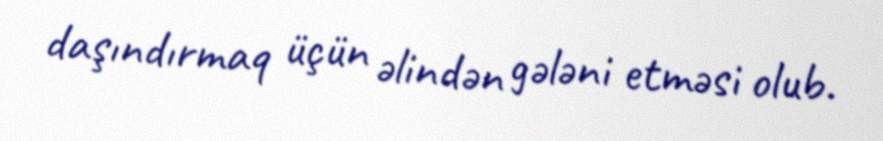
daşındırmaq üçün əlindən gələni etməsi olub.